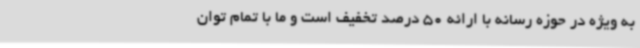
به ویژه در حوزه رسانه با ارائه 50 درصد تخفیف است و ما با تمام توان